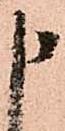
申